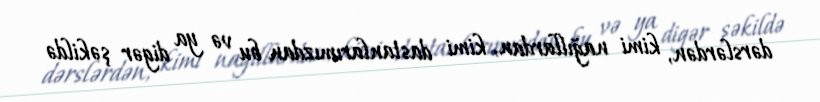
dərslərdən, kimi nağıllardan, kimi dastanlarımızdan bu və ya digər şəkildə